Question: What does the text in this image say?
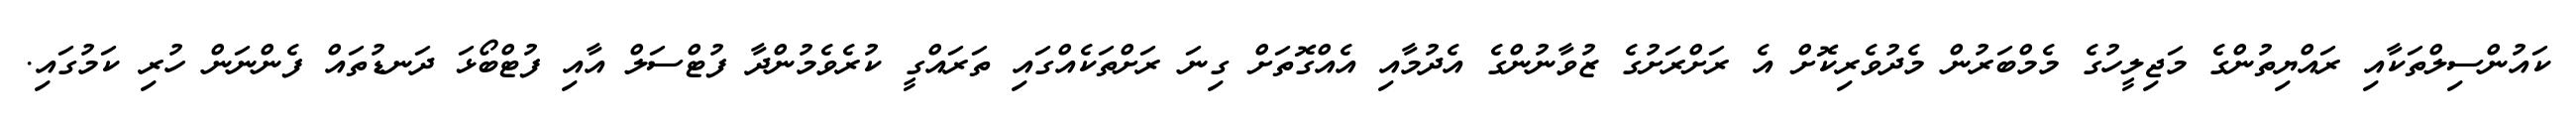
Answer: ކައުންސިލްތަކާއި ރައްޔިތުންގެ މަޖިލީހުގެ މެމްބަރުން މެދުވެރިކޮށް އެ ރަށްރަށުގެ ޒުވާނުންގެ އެދުމާއި އެއްގޮތަށް ގިނަ ރަށްތަކެއްގައި ތަރައްގީ ކުރެވެމުންދާ ފުޓްސަލް އާއި ފުޓްބޯޅަ ދަނޑުތައް ފެންނަން ހުރި ކަމުގައި.